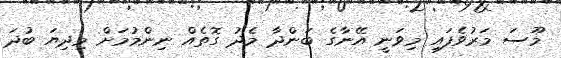
މޫސަ މަރުވެފައި މިވަނީ އޭނާގެ ބަންދާ މެދު ގޮތެއް ނިންމުމަށް މިދިޔަ ބުދަ